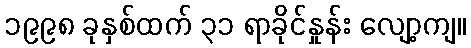
၁၉၉၈ ခုနှစ်ထက် ၃၁ ရာခိုင်နှုန်း လျော့ကျ။